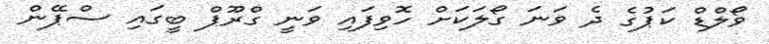
ވޯލްޑް ކަޕުގެ ދެ ވަނަ ގޯލަކަށް ހޮވިފައި ވަނީ ގްރޫޕް ބީގައި ސްޕޭން